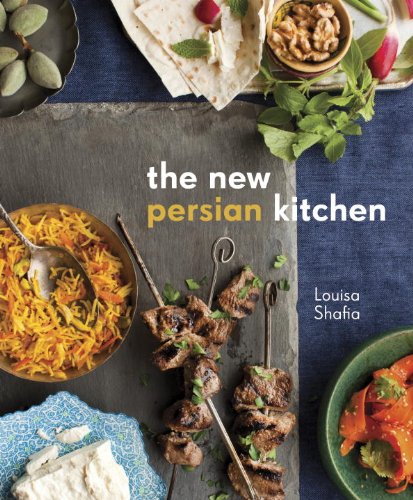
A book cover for The New Persian Kitchen; Louisa Shafia; Cookbooks, Food & Wine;